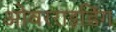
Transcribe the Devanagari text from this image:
ओवरराइडिंग